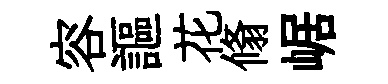
容謳花翛崌